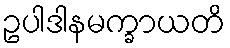
ဥပါဒါနမက္ခာယတိ